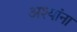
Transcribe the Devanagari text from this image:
अश्यांना